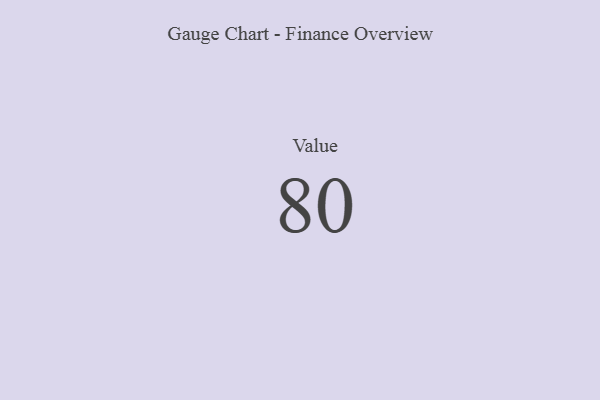
{"axis": {"x": "Metric", "y": "Value"}, "legend": [""], "data": [{"x": "Value", "y": 80, "type": ""}]}